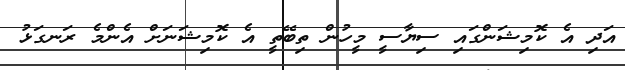
އަދި އެ ކޮމިޝަންގައި ސިޔާސީ މީހުން ތިބޭތީ އެ ކޮމިޝަނަށް އެންމެ ރަނގަޅު